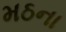
મઠના